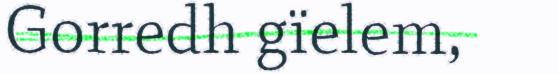
Gorredh gïelem,